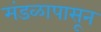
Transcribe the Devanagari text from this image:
मंडळापासून